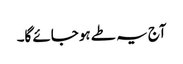
آج یہ طے ہو جائے گا۔